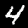
Digit: 4